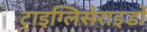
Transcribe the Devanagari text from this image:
ट्राइग्लिसेराइडों